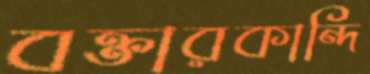
বক্তারকান্দি